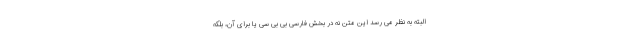
البته به نظر می رسد این متن نه در بخش فارسی بی بی سی یا برای آن، بلکه